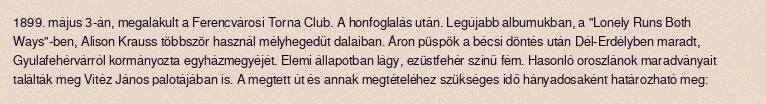
1899. május 3-án, megalakult a Ferencvárosi Torna Club. A honfoglalás után. Legújabb albumukban, a "Lonely Runs Both Ways"-ben, Alison Krauss többször használ mélyhegedűt dalaiban. Áron püspök a bécsi döntés után Dél-Erdélyben maradt, Gyulafehérvárról kormányozta egyházmegyéjét. Elemi állapotban lágy, ezüstfehér színű fém. Hasonló oroszlánok maradványait találták meg Vitéz János palotájában is. A megtett út és annak megtételéhez szükséges idő hányadosaként határozható meg: